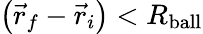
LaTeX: \left({\vec{r}_{f}}-{\vec{r}_{i}}\right)<R_{\mathrm{ball}}